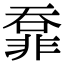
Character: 𩇺